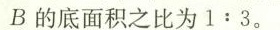
B的底面积之比为1:3。